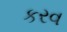
કરવ